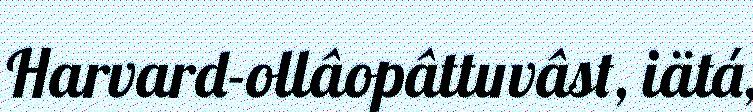
Harvard-ollâopâttuvâst, iätá,